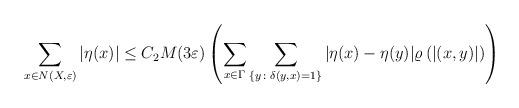
LaTeX: \begin{align*}\sum_{x \in N(X,\varepsilon)} \vert \eta(x)\vert \leq C_2M(3 \varepsilon)\left( \sum_{x \in \Gamma} \sum_ {\lbrace y \colon \delta(y,x)=1 \rbrace} \vert \eta(x)-\eta(y)\vert \varrho \left(\vert (x,y)\vert\right)\right) \end{align*}